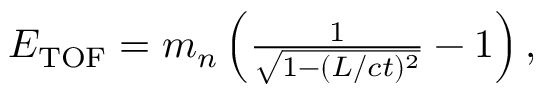
\begin{array} { r } { E _ { \mathrm { T O F } } = m _ { n } \left( \frac { 1 } { \sqrt { 1 - ( L / c t ) ^ { 2 } } } - 1 \right) , } \end{array}